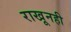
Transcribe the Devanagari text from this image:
राखूनही